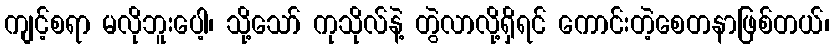
ကျင့်စရာ မလိုဘူးပေါ့၊ သို့သော် ကုသိုလ်နဲ့ တွဲလာလို့ရှိရင် ကောင်းတဲ့စေတနာဖြစ်တယ်၊